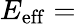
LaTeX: E_{\mathrm{eff}}=